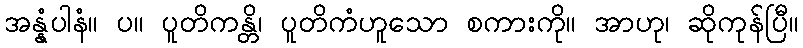
အန္နံပါနံ။ ပ။ ပူတိကန္တိ၊ ပူတိကံဟူသော စကားကို။ အာဟု၊ ဆိုကုန်ပြီ။